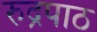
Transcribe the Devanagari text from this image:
रुद्रपाठ